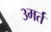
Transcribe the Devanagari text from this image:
३मर्त